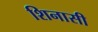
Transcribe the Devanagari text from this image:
शिनासी